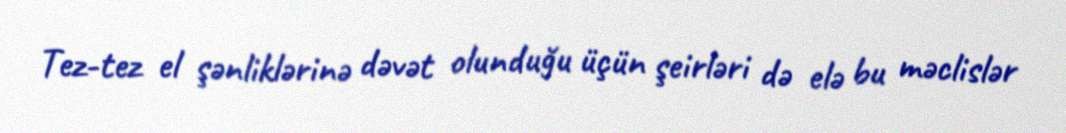
Tez-tez el şənliklərinə dəvət olunduğu üçün şeirləri də elə bu məclislər